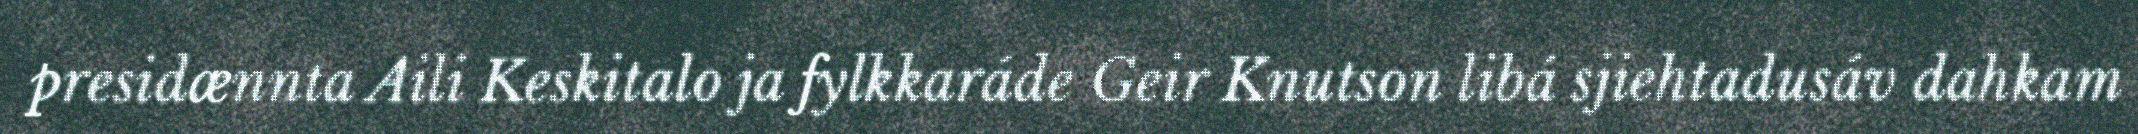
presidænnta Aili Keskitalo ja fylkkaráde Geir Knutson libá sjiehtadusáv dahkam